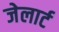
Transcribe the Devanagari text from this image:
जेलार्ट